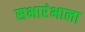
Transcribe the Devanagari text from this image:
सभारंभाला